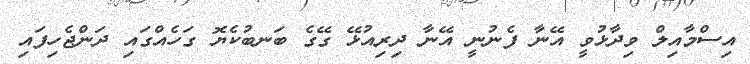
އިސްމާއިލް ވިދާޅުވީ އޭނާ ފެނުނީ އޭނާ ދިރިއުޅޭ ގޭގެ ބަނބުކެޔޮ ގަހެއްގައި ދަންޖެހިފައި